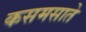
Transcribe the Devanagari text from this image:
कसमसाते